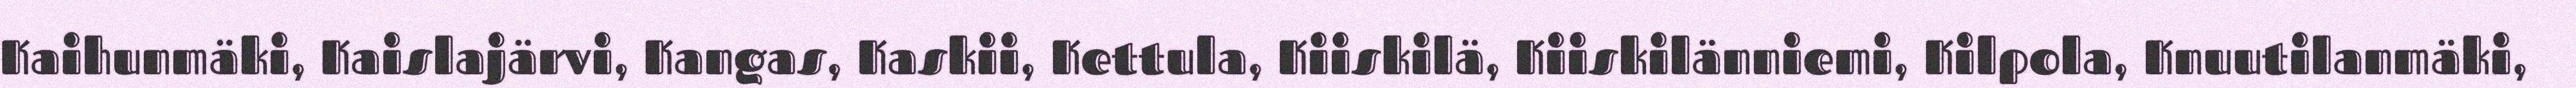
Kaihunmäki, Kaislajärvi, Kangas, Kaskii, Kettula, Kiiskilä, Kiiskilänniemi, Kilpola, Knuutilanmäki,